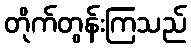
တိုက်တွန်းကြသည်